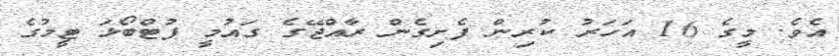
އެވެ. މީގެ 16 އަހަރު ކުރިން ފެށިގެން ރާއްޖޭގެ ގައުމީ ފުޓްބޯޅަ ޓީމުގެ